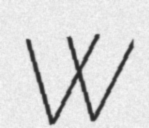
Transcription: W